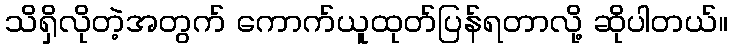
သိရှိလိုတဲ့အတွက် ကောက်ယူထုတ်ပြန်ရတာလို့ ဆိုပါတယ်။